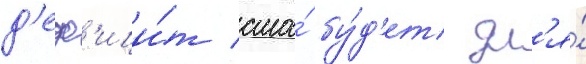
д'еф'ици́т сша́ бу́д'ет дл'я́